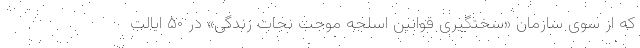
که از سوی سازمان «سختگیری قوانین اسلحه موجب نجات زندگی» در ۵۰ ایالت